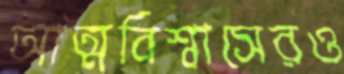
আত্মবিশ্বাসেরও